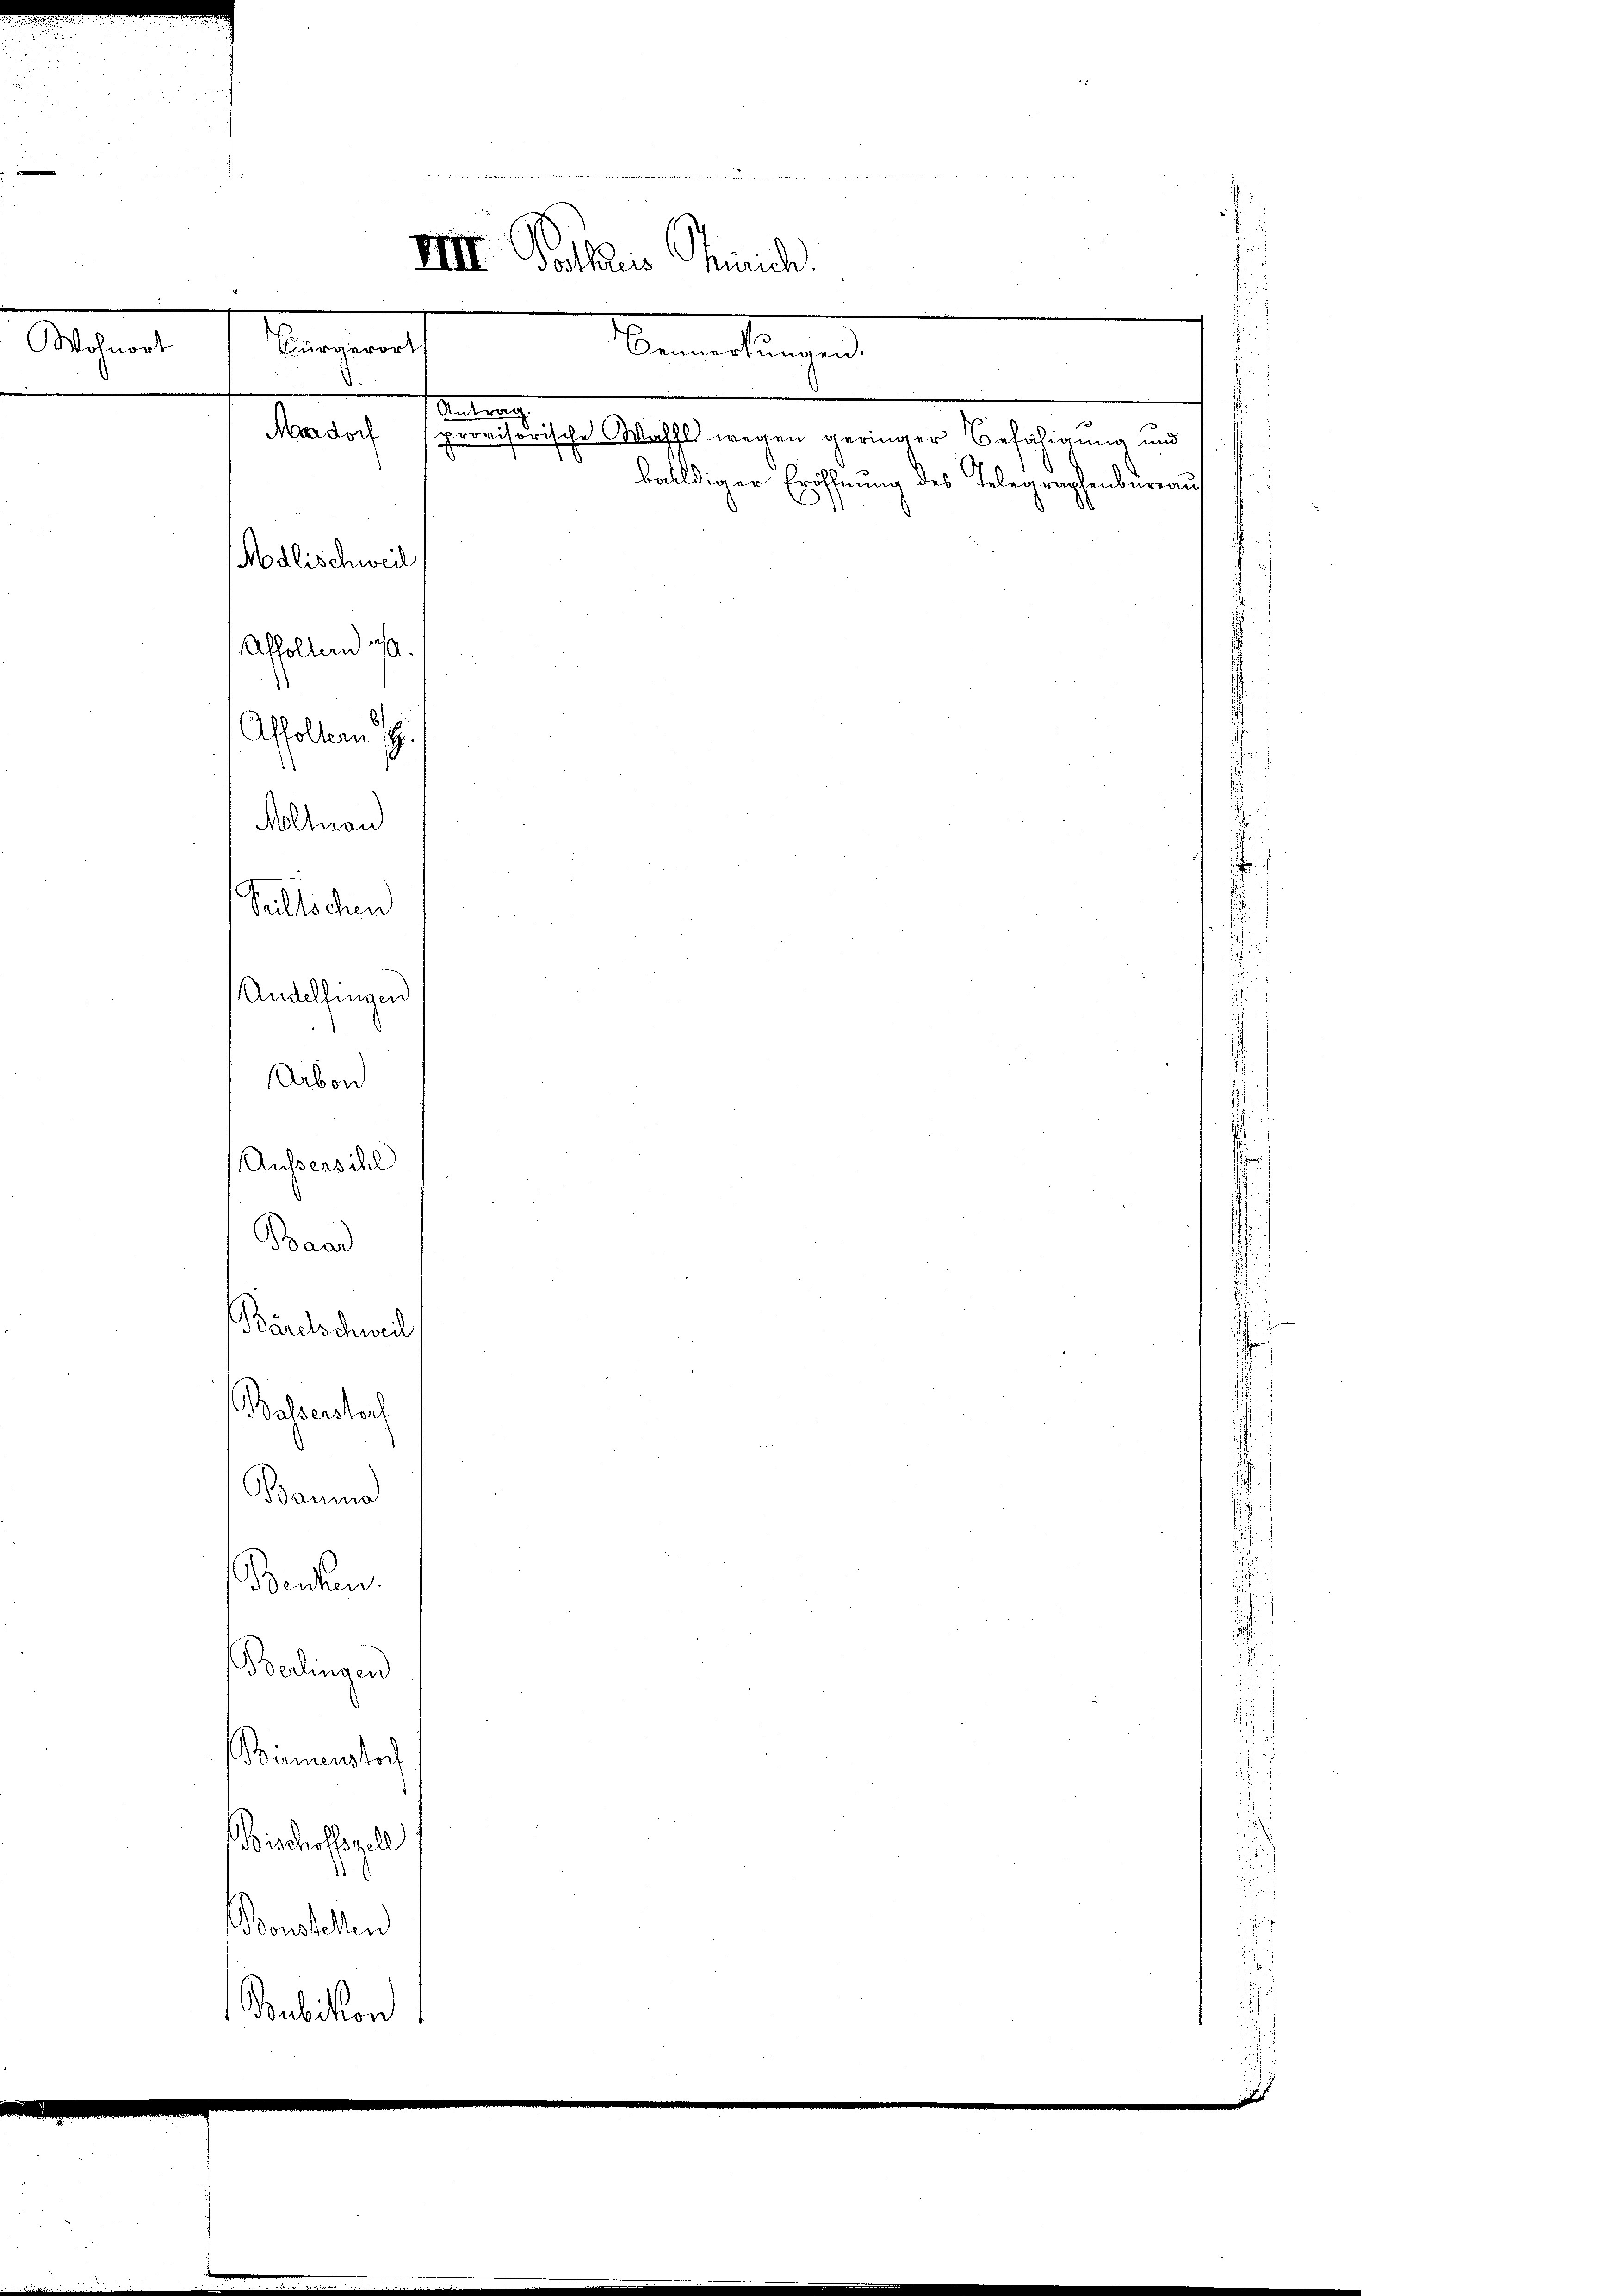
Wohnort

.
Bürgerorts
8

Affolten S.
Altnau
Seltschen
Andelfingen
Arbon

Adlischweil
Affoltend ist.
¬

Mandorf

Basserstoch

IIII. Vollis Trinich
Antrag
provisorische Wahl wegen geringer Befähigung und

Nemerkungen

Aussersihl
Baad
Bäretschweil
Bauma
Benken.
Berlingen
Birmenstoch
Bischoffszell
.
onellen
Bubikon

balldiger Eröffnung des Telegraphenbureau